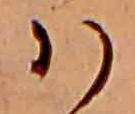
ハ